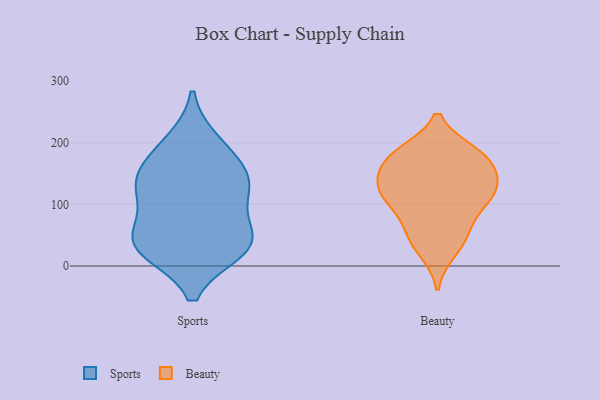
{"axis": {"x": "Humidity (%)", "y": "Value"}, "legend": ["Beauty", "Sports"], "data": [{"x": "", "y": 144, "type": "Sports"}, {"x": "", "y": 45, "type": "Sports"}, {"x": "", "y": 28, "type": "Sports"}, {"x": "", "y": 27, "type": "Sports"}, {"x": "", "y": 116, "type": "Sports"}, {"x": "", "y": 178, "type": "Sports"}, {"x": "", "y": 200, "type": "Sports"}, {"x": "", "y": 47, "type": "Sports"}, {"x": "", "y": 40, "type": "Sports"}, {"x": "", "y": 128, "type": "Sports"}, {"x": "", "y": 130, "type": "Sports"}, {"x": "", "y": 171, "type": "Beauty"}, {"x": "", "y": 175, "type": "Beauty"}, {"x": "", "y": 129, "type": "Beauty"}, {"x": "", "y": 119, "type": "Beauty"}, {"x": "", "y": 119, "type": "Beauty"}, {"x": "", "y": 123, "type": "Beauty"}, {"x": "", "y": 80, "type": "Beauty"}, {"x": "", "y": 183, "type": "Beauty"}, {"x": "", "y": 183, "type": "Beauty"}, {"x": "", "y": 49, "type": "Beauty"}, {"x": "", "y": 49, "type": "Beauty"}, {"x": "", "y": 135, "type": "Beauty"}, {"x": "", "y": 103, "type": "Beauty"}, {"x": "", "y": 167, "type": "Beauty"}, {"x": "", "y": 25, "type": "Beauty"}]}